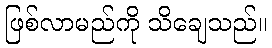
ဖြစ်လာမည်ကို သိချေသည်။